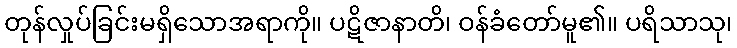
တုန်လှုပ်ခြင်းမရှိသောအရာကို။ ပဋိဇာနာတိ၊ ဝန်ခံတော်မူ၏။ ပရိသာသု၊